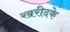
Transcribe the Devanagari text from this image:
खरीदके